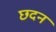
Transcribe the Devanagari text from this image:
छदन